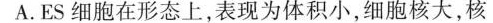
A.ES细胞在形态上，表现为体积小，细胞核大，核